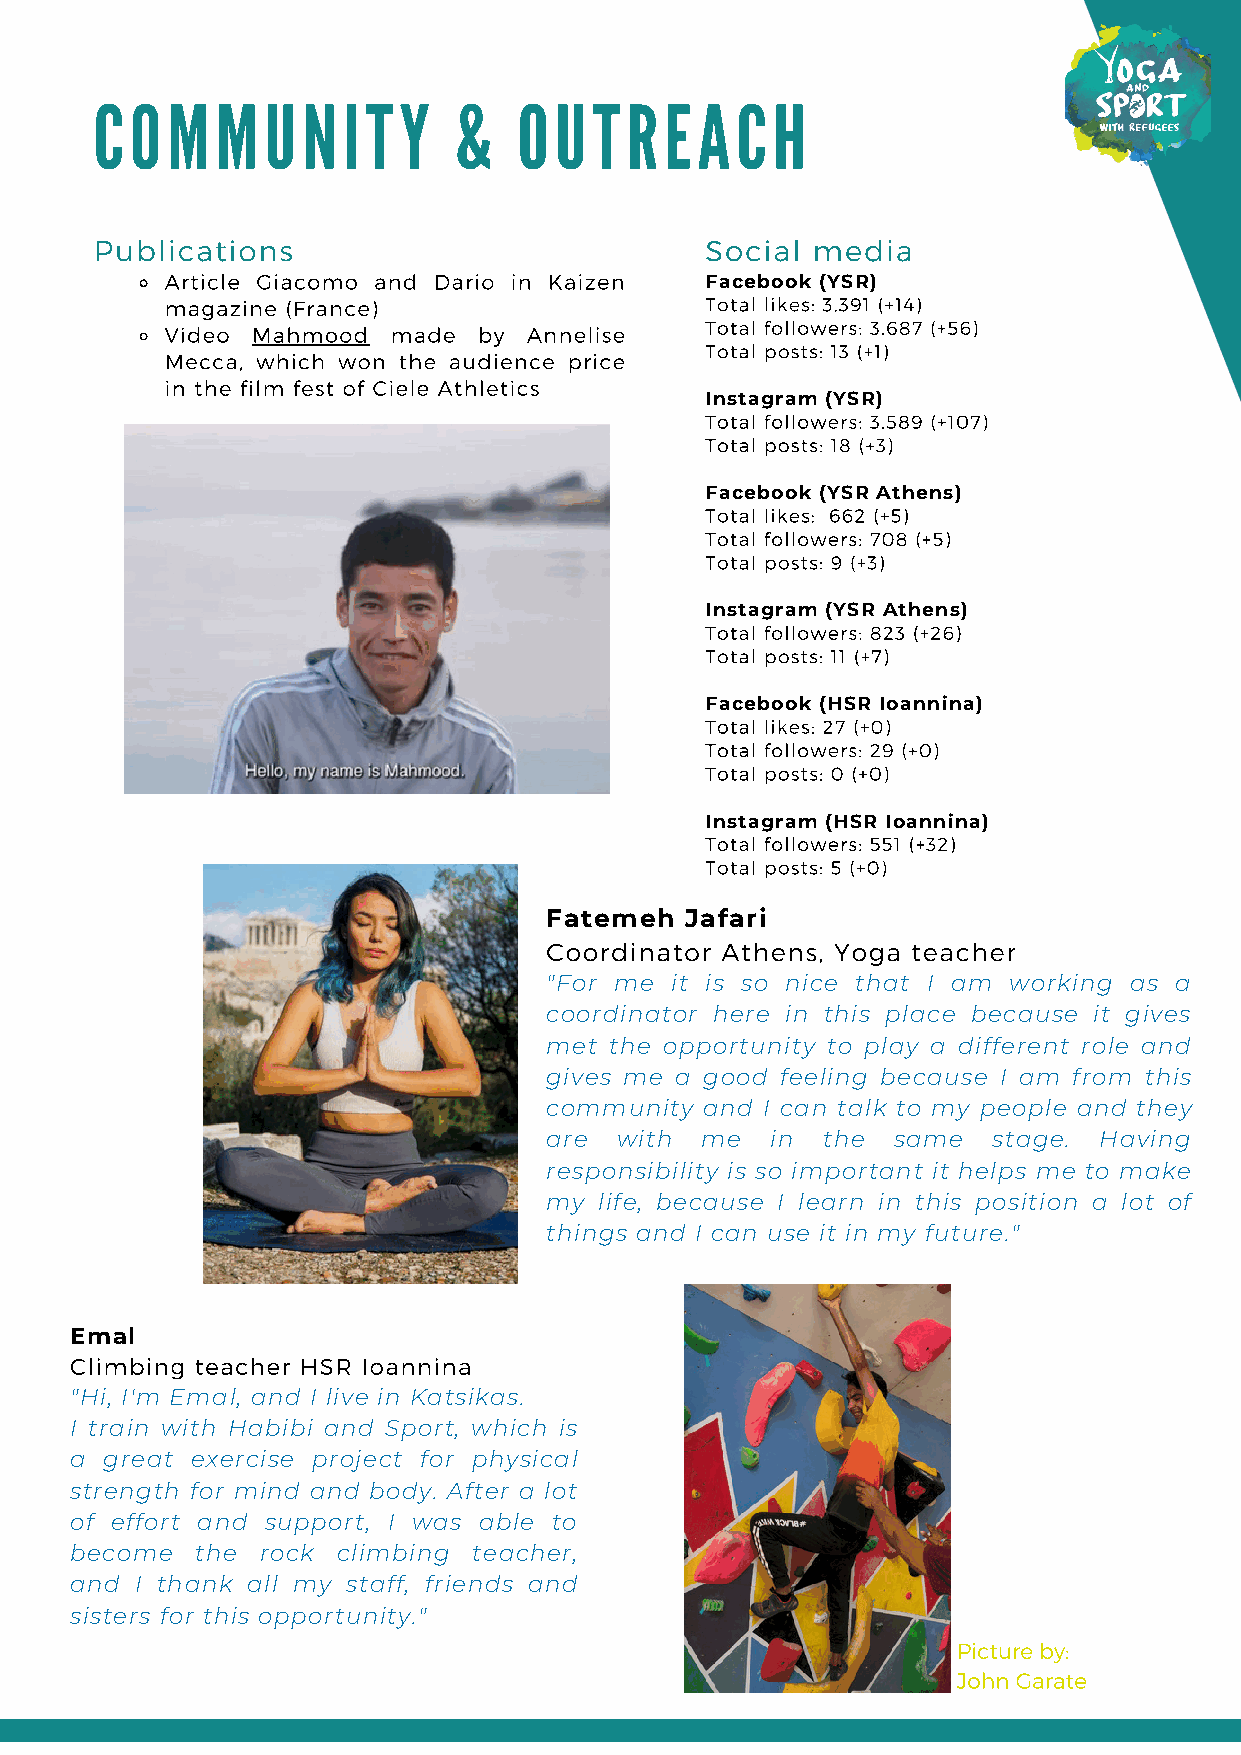
COMMUNITY               &   OUTREACH
 Publications                             Social media
 Article Giacomo and Dario in Kaizen Facebook (YSR)
 magazine (France)                   Total likes: 3.391 (+14)
 Video Mahmood  made  by Annelise    Total followers: 3.687 (+56)
 Total posts: 13 (+1)
 Mecca, which won the audience price
 in the film fest of Ciele Athletics
 Instagram (YSR)
 Total followers: 3.589 (+107)
 Total posts: 18 (+3)
 Facebook (YSR Athens)
 Total likes: 662 (+5)
 Total followers: 708 (+5)
 Total posts: 9 (+3)
 Instagram (YSR Athens)
 Total followers: 823 (+26)
 Total posts: 11 (+7)
 Facebook (HSR Ioannina)
 Total likes: 27 (+0)
 Total followers: 29 (+0)
 Total posts: 0 (+0)
 Instagram (HSR Ioannina)
 Total followers: 551 (+32)
 Total posts: 5 (+0)
 Fatemeh  Jafari
 Coordinator Athens, Yoga teacher
 "For me it is so nice that I am working as a
 coordinator here in this place because it gives
 met the opportunity to play a different role and
 gives me a good feeling because I am from this
 community  and I can talk to my people and they
 are  with me   in the  same   stage. Having
 responsibility is so important it helps me to make
 my  life, because I learn in this position a lot of
 things and I can use it in my future."
 Emal
 Climbing teacher HSR Ioannina
 "Hi, I'm Emal, and I live in Katsikas.
 I train with Habibi and Sport, which is
 a great exercise project for physical
 strength for mind and body. After a lot
 of effort and support, I was able to
 become  the rock climbing teacher,
 and I thank all my staff, friends and
 sisters for this opportunity."
 Picture by:
 John Garate